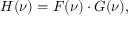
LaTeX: H ( \nu ) = F ( \nu ) \cdot G ( \nu ) ,